Notes on the propagation and cultivation of the medicinal cinchonas, or Peruvian bark trees
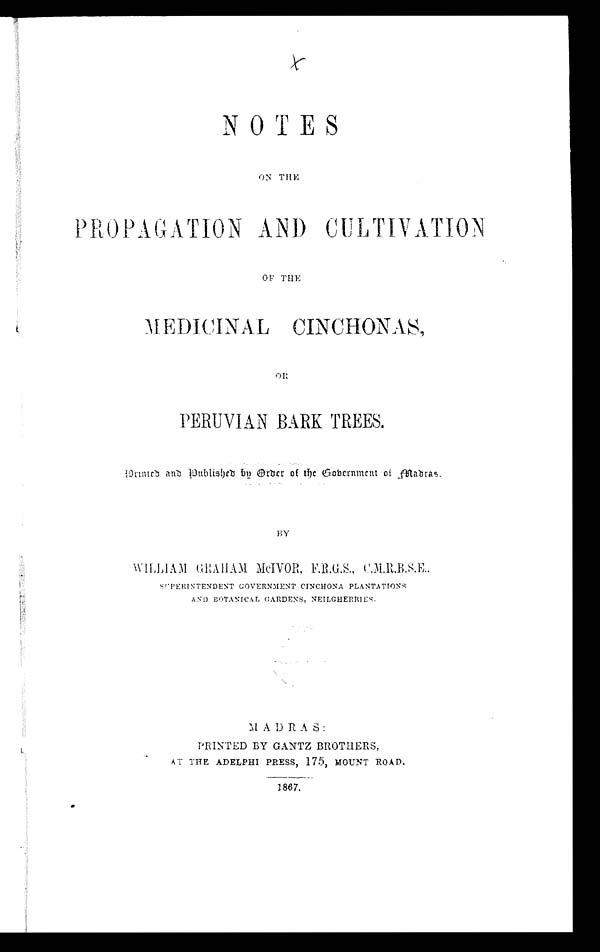
NOTES
ON THE
PROPAGATION AND CULTIVATION -
OF THE
MEDICINAL CINCHONAS,
PERUVIAN BARK TREES.
Printed and Published by Order of the Government of Madras.
BY
WILLIAM GRAHAM Mc IVOR, F.R.G.S., C.M.R.B.S.E.,
SUPERINTENDENT GOVERNMENT CINCHONA PLANTATIONS
AND BOTANICAL GARDENS, NEILGHERRIES.
M ADRAS:
PRINTED BY GANTZ BROTHERS,
AT THE ADELPHI PRESS, 175, MOUNT ROAD.
1867.
1887.